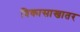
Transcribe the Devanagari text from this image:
विकासाखातर